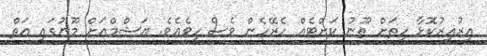
އިރުއިރުކޮޅާ ހިތަށް ތޫނު ކަށްޓެއް ހެރޭހެން ވެސް ހީވެއެވެ. ޔަޝްމްއަށް މޫނުގައި އަތް